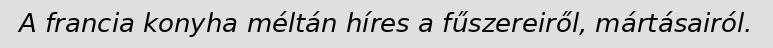
A francia konyha méltán híres a fűszereiről, mártásairól.